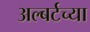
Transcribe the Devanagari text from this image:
अल्बर्टच्या